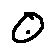
0